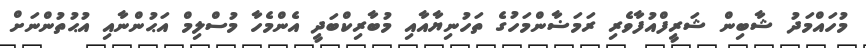
މުހައްމަދު ޝާބިން ޝަރީފްއުފާވެރި ރަމަޟާންމަހުގެ ތަހުނިޔާއާއި މުބާރިކްބަަދީ އެންމެހާ މުސްލިމް އަޙުންނާއި އުޙުތުންނަށް